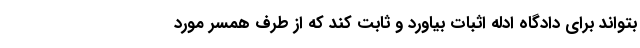
بتواند برای دادگاه ادله اثبات بیاورد و ثابت کند که از طرف همسر مورد